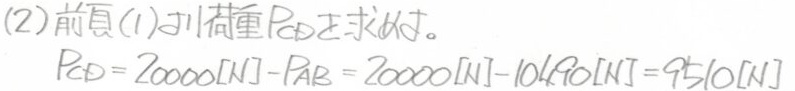
(2) 前頁(1)の荷重$P_{CD}$を求めよ。
\[ P_{CD}=20000[N]-P_{AB}=20000[N]-10490[N]=9510[N] \]